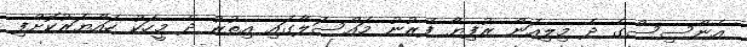
އެންސިސްގެ ދެ މިލިއަން ރުފިޔާ ފޭރުނު މައްސަލާގައި އިތުރު ދެ މީހަކު ހައްޔަރުކޮށްފި